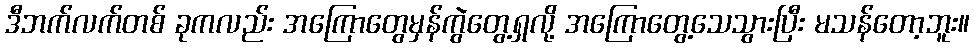
ဒီဘက်လက်တစ် ခုကလည်း အကြောတွေမှန်ကွဲတွေ့ရှလို့ အကြောတွေ့သေသွားပြီး မသန်တော့ဘူး။